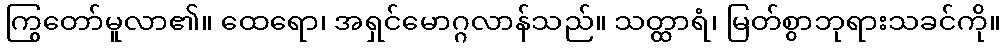
ကြွတော်မူလာ၏။ ထေရော၊ အရှင်မောဂ္ဂလာန်သည်။ သတ္ထာရံ၊ မြတ်စွာဘုရားသခင်ကို။